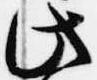
此